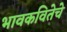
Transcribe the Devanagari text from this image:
भावकवितेचे